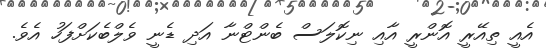
އެއީ ތިއޭރީ އޮންރީ އާއި ނިކޮލަސް ބެންޓްނާ އަދި ޑެނީ ވެލްބެކަށްފަހު އެވެ.